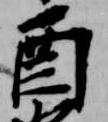
酉